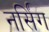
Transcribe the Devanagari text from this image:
नर्सि॑ग